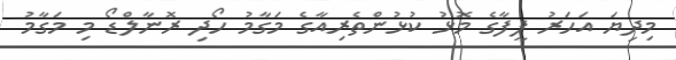
މިދިޔަ އަހަރު ފީފާގެ މޮޅު ކުޅުންތެރިއާގެ މަގާމު ހޯދި ރޮނާލްޑޯ މި މަގާމު